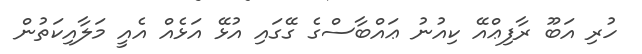
ހުރި އަބޫ ރާފިޢްއޭ ކިއުނު ޢައްބާސްގެ ގޭގައި އުޅޭ އަޅެއް އެއީ މަލާއިކަތުން